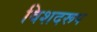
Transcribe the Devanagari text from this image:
विशदरूप